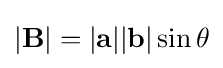
|\mathbf {B} |=|\mathbf {a} ||\mathbf {b} |\sin \theta